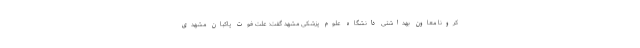
کرونا معاون بهداشتی دانشگاه علوم پزشکی مشهد گفت: علت فوت پاکبان مشهدی